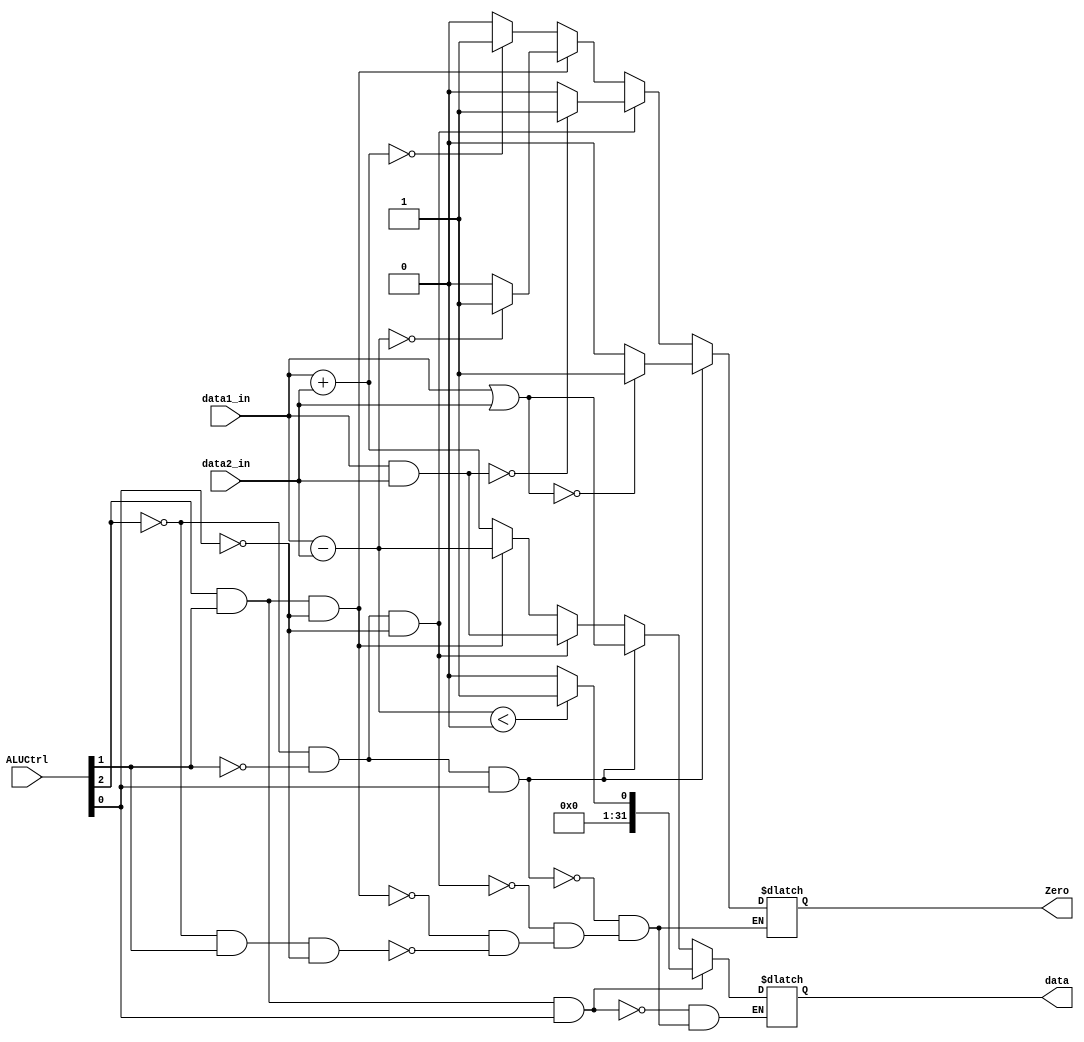
`timescale 1ns / 1ps
//////////////////////////////////////////////////////////////////////////////////
// Company: 
// Engineer: 
// 
// Design Name: 
// Module Name:    ALU 
// Project Name: 
// Target Devices: 
// Tool versions: 
// Description: 
//
// Dependencies: 
//
// Revision: 
// Revision 0.01 - File Created
// Additional Comments: 
//
//////////////////////////////////////////////////////////////////////////////////
module ALU(
    data1_in,
	data2_in,
	ALUCtrl,
	data,
	Zero
);

input	[31:0]	data1_in;
input	[31:0]	data2_in;
input	[2:0]	ALUCtrl;
output	[31:0]	data;
output			Zero;

reg [31:0] data;
reg Zero;

always @(data1_in or data2_in or ALUCtrl) begin
	// ALUCtrl = 010 (add, lw, sw)
	if (~ALUCtrl[2] & ALUCtrl[1] & ~ALUCtrl[0]) begin
		data = data1_in + data2_in;
		if (data == 32'b0) begin
			Zero = 1'b1;
		end
		else begin
			Zero = 1'b0;
		end
	end
	
	// ALUCtrl = 110 (sub, beq)
	if (ALUCtrl[2] & ALUCtrl[1] & ~ALUCtrl[0]) begin
		data = data1_in - data2_in;
		if (data == 32'b0) begin
			Zero = 1'b1;
		end
		else begin
			Zero = 1'b0;
		end
	end
	
	// ALUCtrl = 000 (and)
	if (~ALUCtrl[2] & ~ALUCtrl[1] & ~ALUCtrl[0]) begin
		data = data1_in & data2_in;
		if (data == 32'b0) begin
			Zero = 1'b1;
		end
		else begin
			Zero = 1'b0;
		end
	end
	
	// ALUCtrl = 001 (or)
	if (~ALUCtrl[2] & ~ALUCtrl[1] & ALUCtrl[0]) begin
		data = data1_in | data2_in;
		if (data == 32'b0) begin
			Zero = 1'b1;
		end
		else begin
			Zero = 1'b0;
		end
	end
	
	// ALUCtrl = 111 (slt)
	// We do not need to set/reset Zero
	if (ALUCtrl[2] & ALUCtrl[1] & ALUCtrl[0]) begin
		if ((data1_in - data2_in) < 0) begin
			data = 32'b1;
		end
		else begin
			data = 32'b0;
		end
	end
end

endmodule